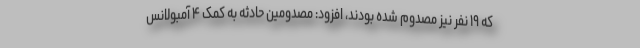
که ۱۹ نفر نیز مصدوم شده بودند، افزود: مصدومین حادثه به کمک ۴ آمبولانس